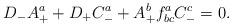
\begin{align*}D_{-}A^{a}_{+}+D_{+}C_{-}^{a}+A_{+}^{b}f^{a}_{bc}C_{-}^{c}=0.\end{align*}